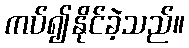
ကပ်၍နိုင်ခဲ့သည်။